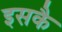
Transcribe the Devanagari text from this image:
इसकै